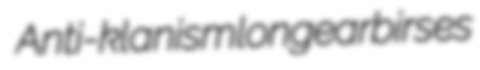
Anti-klanism longear birses